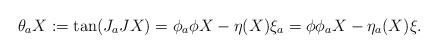
LaTeX: \begin{align*}\theta_aX:=\tan(J_aJX)=\phi_a\phi X-\eta(X)\xi_a=\phi\phi_a X-\eta_a(X)\xi.\end{align*}